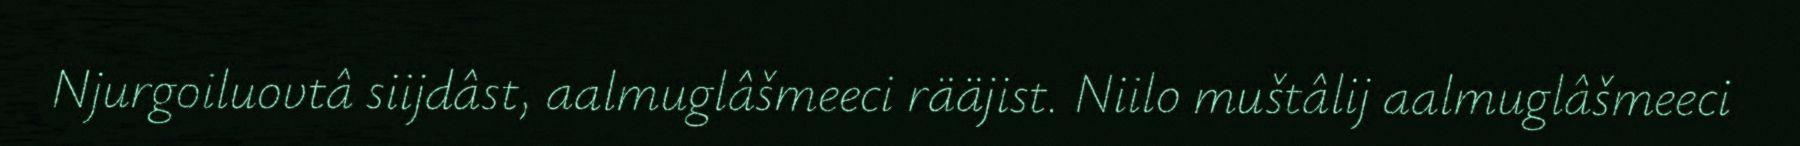
Njurgoiluovtâ siijdâst, aalmuglâšmeeci rääjist. Niilo muštâlij aalmuglâšmeeci